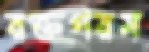
রক্তগরম